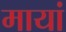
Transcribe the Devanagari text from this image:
मायां